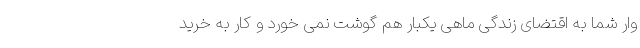
وار شما به اقتضای زندگی ماهی یکبار هم گوشت نمی خورد و کار به خرید